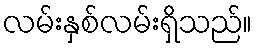
လမ်းနှစ်လမ်းရှိသည်။